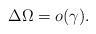
LaTeX: \begin{align*}\Delta \Omega=o(\gamma).\end{align*}